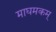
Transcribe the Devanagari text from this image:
माघमकम्